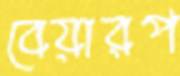
বেয়ারপ